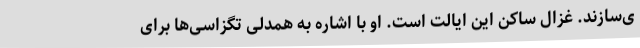
ی‌سازند. غزال ساکن این ایالت است. او با اشاره به همدلی تگزاسی‌ها برای